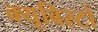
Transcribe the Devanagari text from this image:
क्यूबिस्टों